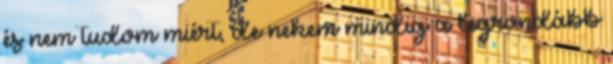
és nem tudom miért, de nekem mindig a legrondább